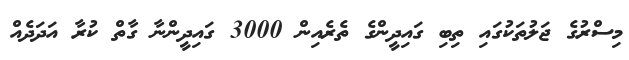
މިސްރުގެ ޖަލުތަކުގައި ތިބި ގައިދީންގެ ތެރެއިން 3000 ގައިދީންނާ ގާތް ކުރާ އަދަދެއް